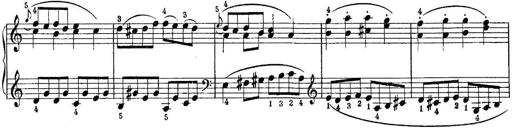
Title: Piano Sonatina No.1 in C major
Composer: Tadeusz Joteyko
Key: C major